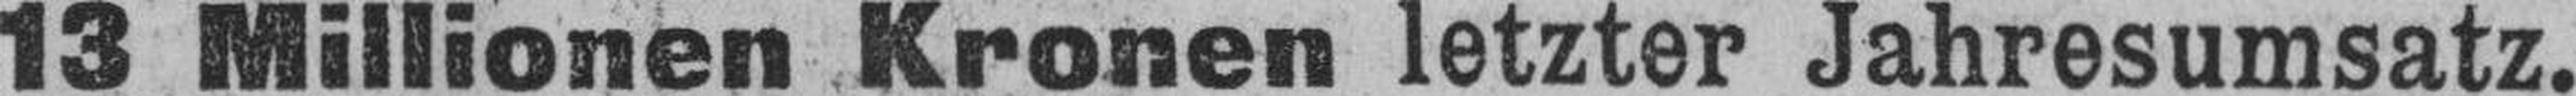
13 Millionen Kronen letzter Jahresumsatz.